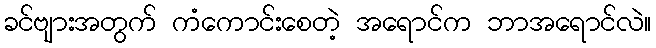
ခင်ဗျားအတွက် ကံကောင်းစေတဲ့ အရောင်က ဘာအရောင်လဲ။